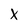
Character: X